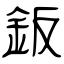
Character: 鈑